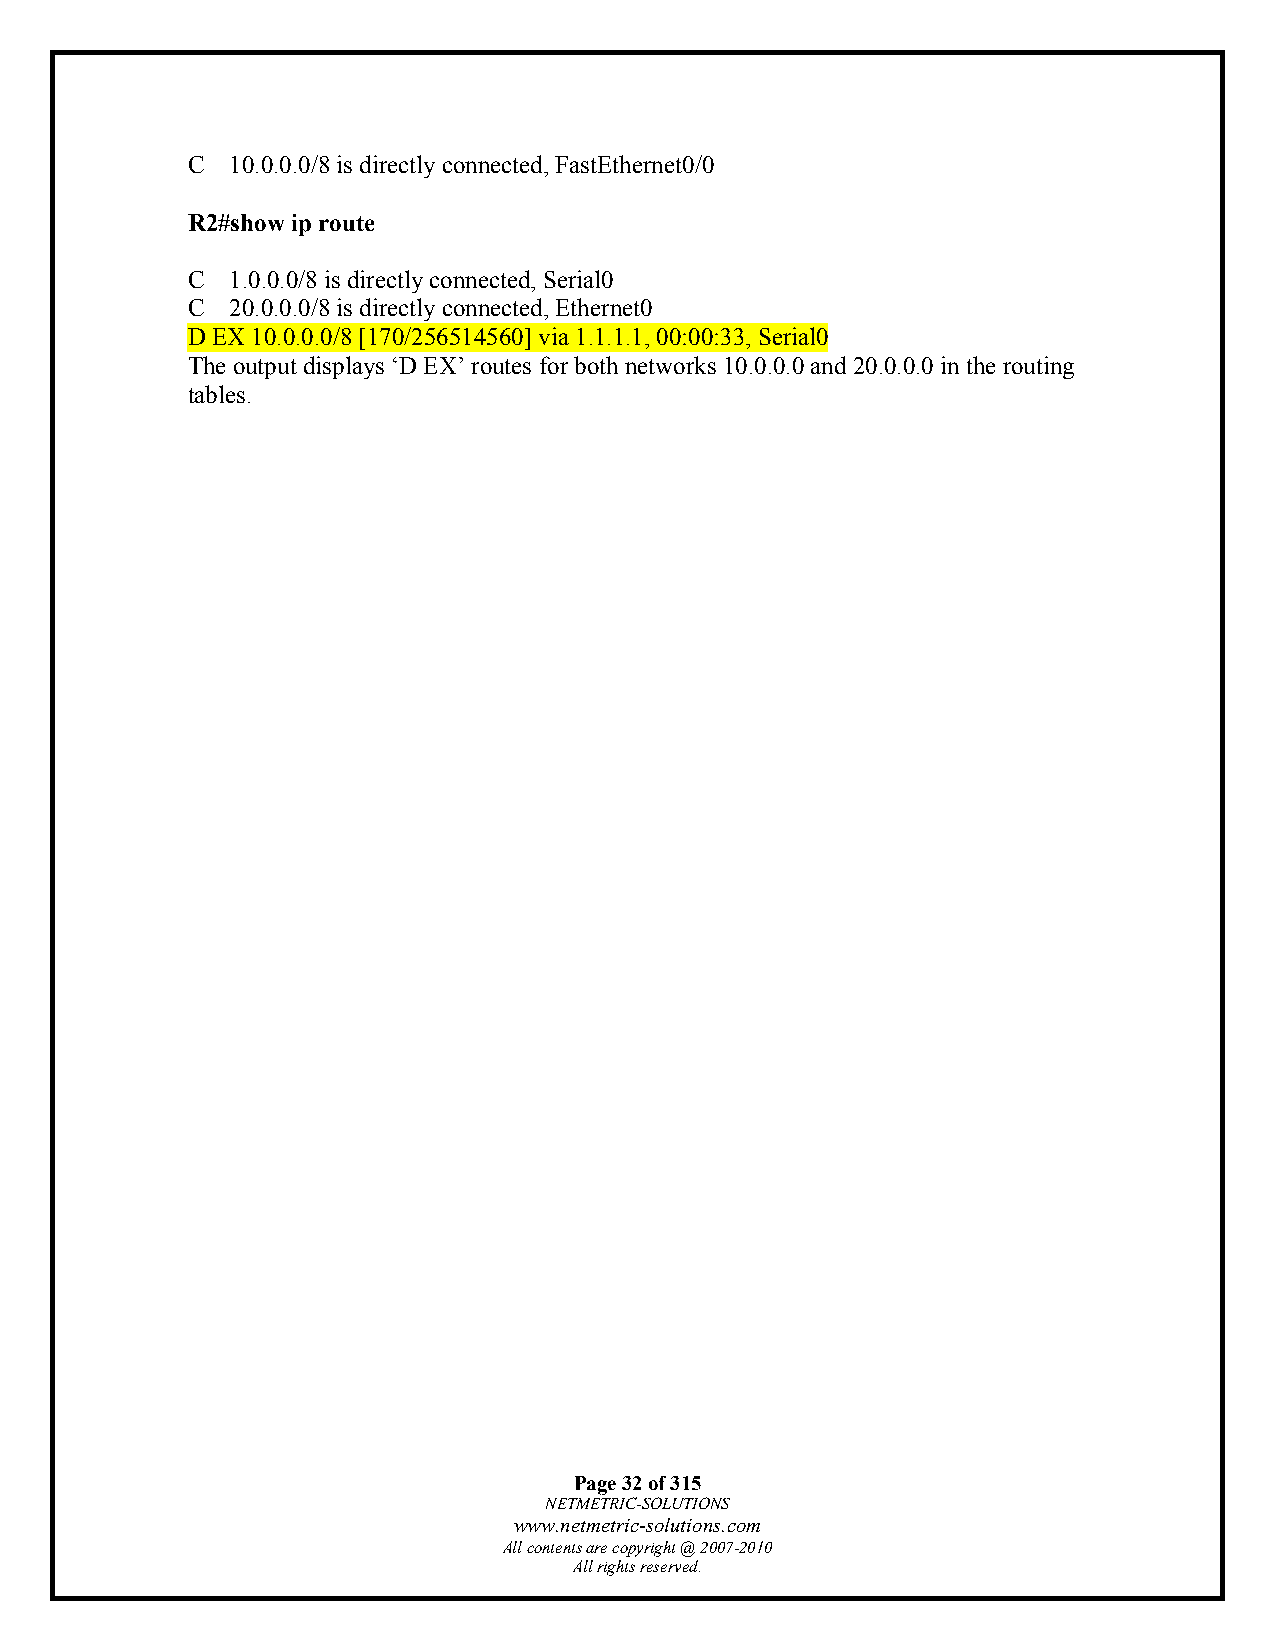
C  10.0.0.0/8 is directly connected, FastEthernet0/0
 R2#show ip route
 C  1.0.0.0/8 is directly connected, Serial0
 C  20.0.0.0/8 is directly connected, Ethernet0
 D EX 10.0.0.0/8 [170/256514560] via 1.1.1.1, 00:00:33, Serial0
 The output displays ‘D EX’ routes for both networks 10.0.0.0 and 20.0.0.0 in the routing
 tables.
 Page 32 of 315
 NETMETRIC-SOLUTIONS
 www.netmetric-solutions.com
 All contents are copyright @ 2007-2010
 All rights reserved.